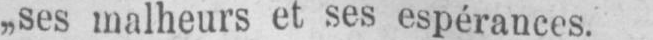
„ses malheurs et ses espérances.